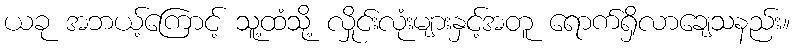
ယခု အဘယ့်ကြောင့် သူ့ထံသို့ လှိုင်းလုံးများနှင့်အတူ ရောက်ရှိလာချေသနည်း။